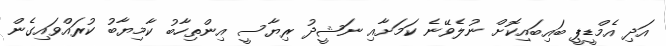
އަދި އެމްޑީޕީ ބައިބައިކޮށް ނުލެވޭނެ ކަމަށާއި ނަޝީދު ރިޔާސީ އިންތިހާބު ކާމިޔާބު ކުރައްވައިގެން